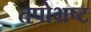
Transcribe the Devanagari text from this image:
तपोभ्रष्ट